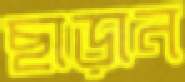
ছাড়ান